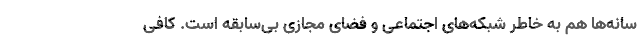
سانه‌ها هم به خاطر شبکه‌های اجتماعی و فضای مجازی بی‌سابقه است. کافی